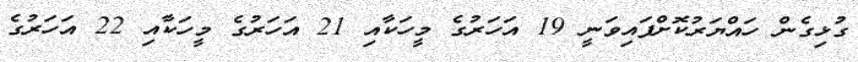
ގުޅިގެން ހައްޔަރުކޮށްފައިވަނީ 19 އަހަރުގެ މީހަކާއި 21 އަހަރުގެ މީހަކާއި 22 އަހަރުގެ